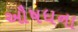
ઔષધના